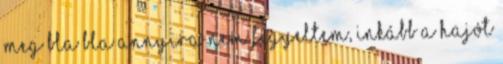
meg bla bla annyira nem figyeltem, inkább a hajót